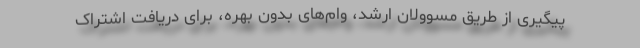
پیگیری از طریق مسوولان ارشد، وام‌های بدون بهره، برای دریافت اشتراک